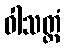
ဝါသတ္ထံ